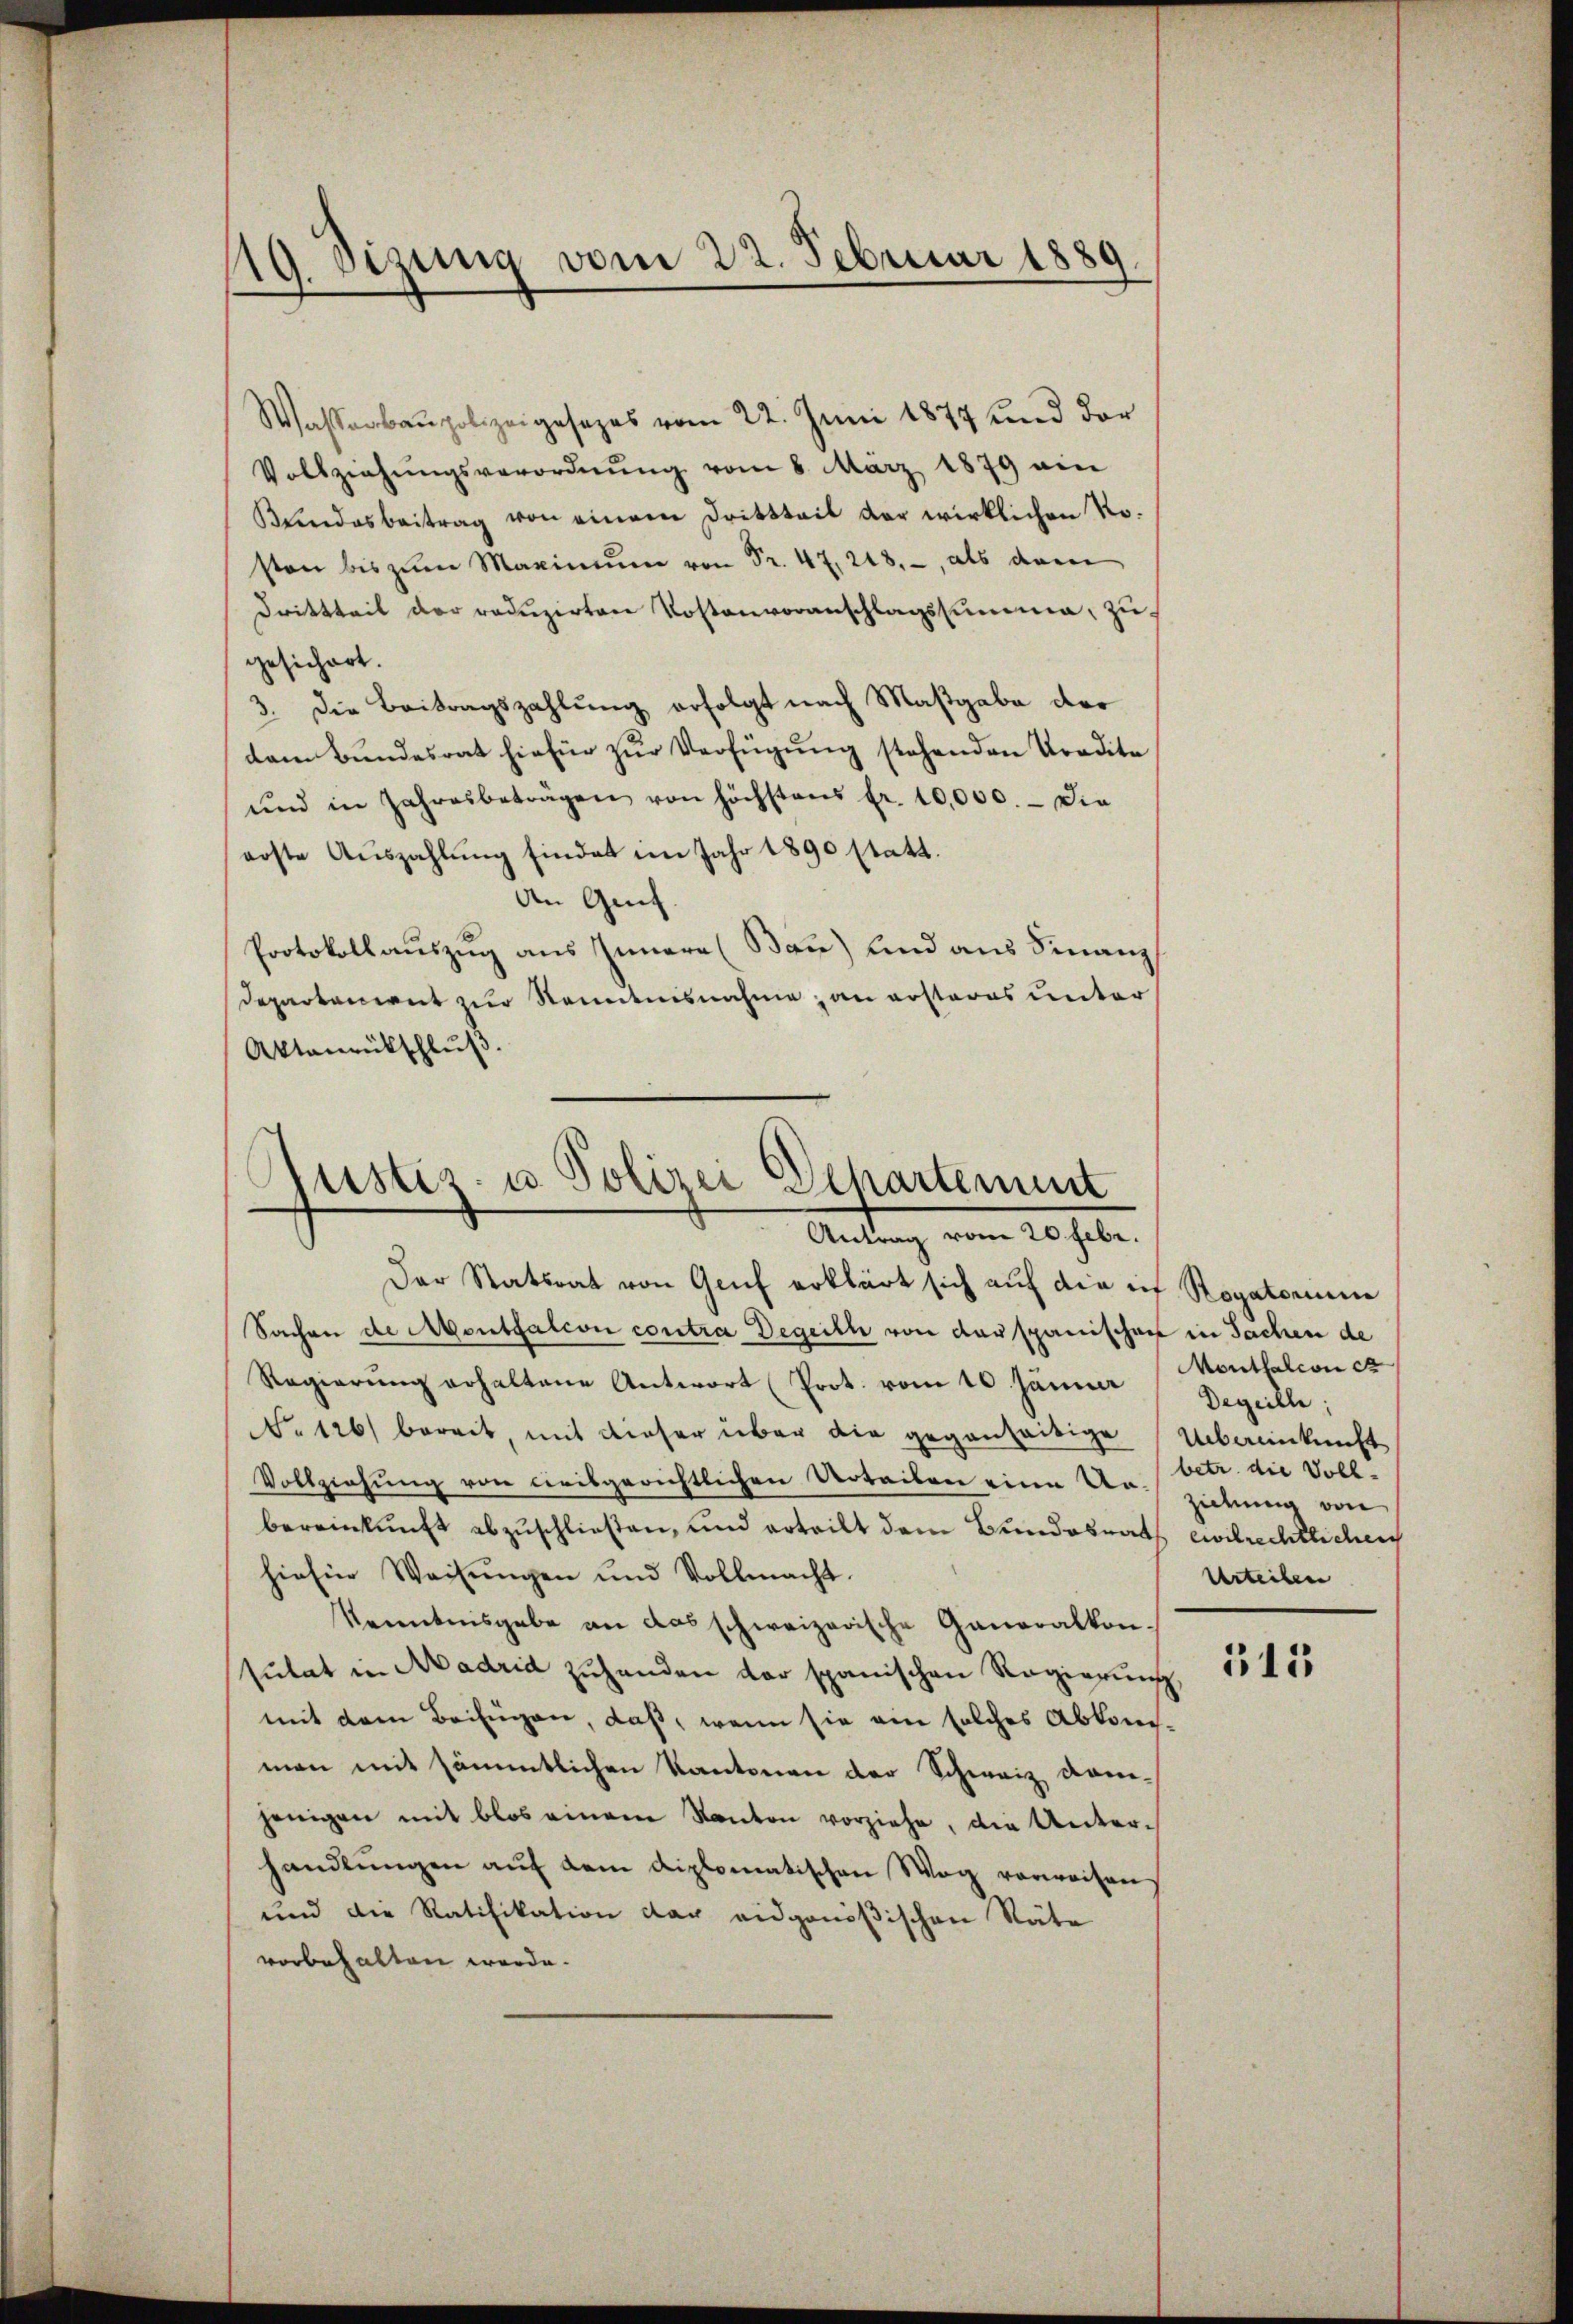
119. Sizung vom 22. Februar 1889.

Wasserbaupolizeigesezes vom 22. Juni 1877 und der
Vollziehŭngsverordnŭng vom 8. März 1879 ain
Beendesbeitrag von einem Drittteil der wirklichen Rosten bis zŭm Maximŭm von Fr. 47. 218., als dam
Drittteil der reduzirten Kostenvoranschlagssumme, zu
gesichert.
3. Die Beitragszahlung erfolgt nach Maßgabe der
dam Bŭndesrat hiefür zŭr Verfügŭng stehenden Tradita
und in Jahresbeträgen von höchstens fr. 10,000.- Die
erste Aŭszahlŭng findet im Jahr 1890 statt.
An Genf.
Protokollauszug aus Innern (Bau) und aus Finanz
Departeniret zur Kenntnisnahme, an ersteres unter
Aktanrückschluß.

Rustiz- u. Polizei Departement
Antrag vom 20. Febr.

Der Statsrat von Genf erklärt sich auf die in Rogatorum
Sachen de Montfalcon contra Degeith von der spanischen in Sachen de
Regierung erhaltene Antwort (Prot. vom 10. Jänne
No 126) bereit, mit dieser über die gegenseitige Anbaukunft
Vollziehung von civisgerichtlichen Urteilen eine Ur- von
bereinkunft abzuschließen, und erteilt dem Bundesrath civilrechtlichen
hiesin Weisŭngen und Vollmacht.
Kenntnisgabe an das schweizerische Generalkonsutat in Madrid zuhanden der spanischen Regierung,
mit dem Beifügen, daß, wenn sie ein solches Abkomman mit sämmtlichen Kantonen der Schweiz kom-
jenigen mit blos einem Kanton vorziehe, die Unterhandlŭngen aŭf dem diplomatischen Weg verweisen
und die Ratifikation der eidgenößischen Räte
vorbehalten werde.

Monthalcon ca
Degeille;
betr. die Voll-
Urteilen

515